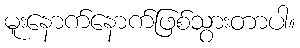
မူးနောက်နောက်ဖြစ်သွားတာပါ။